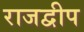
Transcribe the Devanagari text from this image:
राजद्वीप